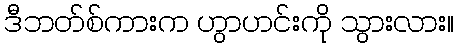
ဒီဘတ်စ်ကားက ဟွာဟင်းကို သွားလား။